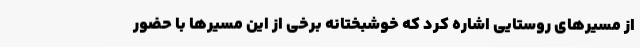
از مسیرهای روستایی اشاره کرد که خوشبختانه برخی از این مسیرها با حضور